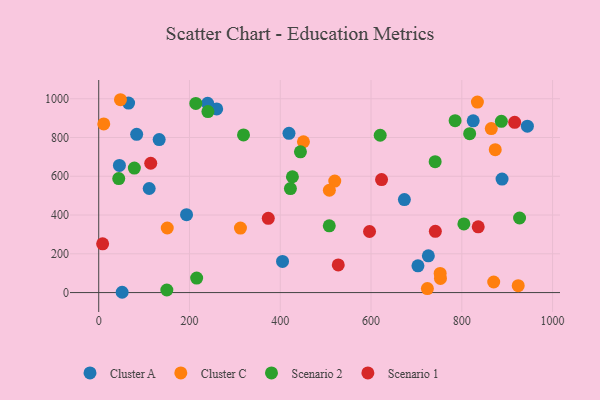
{"axis": {"x": "Study Hours", "y": "Profit"}, "legend": ["Cluster A", "Cluster C", "Scenario 1", "Scenario 2"], "data": [{"x": "83.6", "y": 816.2, "type": "Cluster A"}, {"x": "405.0", "y": 160.5, "type": "Cluster A"}, {"x": "419.2", "y": 821.8, "type": "Cluster A"}, {"x": "726.3", "y": 189.3, "type": "Cluster A"}, {"x": "111.2", "y": 537.0, "type": "Cluster A"}, {"x": "51.6", "y": 1.5, "type": "Cluster A"}, {"x": "193.5", "y": 402.1, "type": "Cluster A"}, {"x": "133.2", "y": 789.5, "type": "Cluster A"}, {"x": "65.8", "y": 977.7, "type": "Cluster A"}, {"x": "888.7", "y": 585.6, "type": "Cluster A"}, {"x": "825.1", "y": 886.2, "type": "Cluster A"}, {"x": "259.9", "y": 947.5, "type": "Cluster A"}, {"x": "45.6", "y": 655.7, "type": "Cluster A"}, {"x": "944.5", "y": 858.3, "type": "Cluster A"}, {"x": "673.5", "y": 479.5, "type": "Cluster A"}, {"x": "240.0", "y": 976.2, "type": "Cluster A"}, {"x": "703.4", "y": 137.8, "type": "Cluster A"}, {"x": "11.1", "y": 870.1, "type": "Cluster C"}, {"x": "520.1", "y": 575.2, "type": "Cluster C"}, {"x": "451.1", "y": 778.2, "type": "Cluster C"}, {"x": "865.0", "y": 845.8, "type": "Cluster C"}, {"x": "724.2", "y": 20.8, "type": "Cluster C"}, {"x": "47.9", "y": 994.9, "type": "Cluster C"}, {"x": "753.0", "y": 73.0, "type": "Cluster C"}, {"x": "873.7", "y": 737.4, "type": "Cluster C"}, {"x": "508.2", "y": 527.8, "type": "Cluster C"}, {"x": "312.3", "y": 332.8, "type": "Cluster C"}, {"x": "870.3", "y": 54.5, "type": "Cluster C"}, {"x": "924.3", "y": 35.4, "type": "Cluster C"}, {"x": "834.4", "y": 983.0, "type": "Cluster C"}, {"x": "752.3", "y": 99.0, "type": "Cluster C"}, {"x": "151.0", "y": 333.2, "type": "Cluster C"}, {"x": "44.1", "y": 588.0, "type": "Scenario 2"}, {"x": "887.2", "y": 883.5, "type": "Scenario 2"}, {"x": "804.6", "y": 354.3, "type": "Scenario 2"}, {"x": "215.8", "y": 74.6, "type": "Scenario 2"}, {"x": "213.9", "y": 975.8, "type": "Scenario 2"}, {"x": "426.8", "y": 597.6, "type": "Scenario 2"}, {"x": "78.5", "y": 642.3, "type": "Scenario 2"}, {"x": "508.0", "y": 344.2, "type": "Scenario 2"}, {"x": "319.0", "y": 813.5, "type": "Scenario 2"}, {"x": "785.3", "y": 886.7, "type": "Scenario 2"}, {"x": "927.3", "y": 384.8, "type": "Scenario 2"}, {"x": "741.3", "y": 675.3, "type": "Scenario 2"}, {"x": "444.5", "y": 725.9, "type": "Scenario 2"}, {"x": "620.2", "y": 811.7, "type": "Scenario 2"}, {"x": "150.1", "y": 13.2, "type": "Scenario 2"}, {"x": "817.3", "y": 819.8, "type": "Scenario 2"}, {"x": "240.6", "y": 934.0, "type": "Scenario 2"}, {"x": "422.4", "y": 536.4, "type": "Scenario 2"}, {"x": "373.6", "y": 383.2, "type": "Scenario 1"}, {"x": "836.2", "y": 339.1, "type": "Scenario 1"}, {"x": "916.5", "y": 878.5, "type": "Scenario 1"}, {"x": "114.6", "y": 667.1, "type": "Scenario 1"}, {"x": "527.8", "y": 142.7, "type": "Scenario 1"}, {"x": "741.7", "y": 315.7, "type": "Scenario 1"}, {"x": "623.2", "y": 582.7, "type": "Scenario 1"}, {"x": "596.7", "y": 315.0, "type": "Scenario 1"}, {"x": "8.6", "y": 251.4, "type": "Scenario 1"}]}